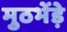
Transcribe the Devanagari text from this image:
मुठभेंड़े